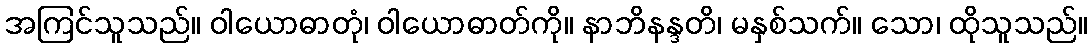
အကြင်သူသည်။ ဝါယောဓာတုံ၊ ဝါယောဓာတ်ကို။ နာဘိနန္ဒတိ၊ မနှစ်သက်။ သော၊ ထိုသူသည်။